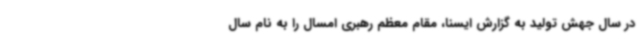
در سال جهش تولید به گزارش ایسنا، مقام معظم رهبری امسال را به نام سال